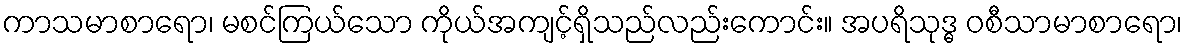
ကာသမာစာရော၊ မစင်ကြယ်သော ကိုယ်အကျင့်ရှိသည်လည်းကောင်း။ အပရိသုဒ္ဓ ဝစီသာမာစာရော၊